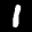
Label: 1